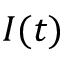
I ( t )